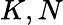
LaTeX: K,N